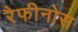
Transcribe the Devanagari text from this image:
रैफीनोस